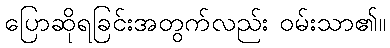
ပြောဆိုရခြင်းအတွက်လည်း ဝမ်းသာ၏။